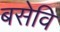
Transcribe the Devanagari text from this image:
बसेवि